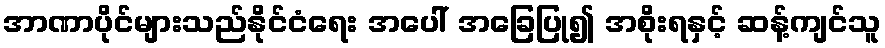
အာဏာပိုင်များသည်နိုင်ငံရေး အပေါ် အခြေပြု၍ အစိုးရနှင့် ဆန့်ကျင်သူ